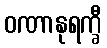
ဝဏာနုရက္ခီ